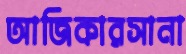
আজিকারসানা